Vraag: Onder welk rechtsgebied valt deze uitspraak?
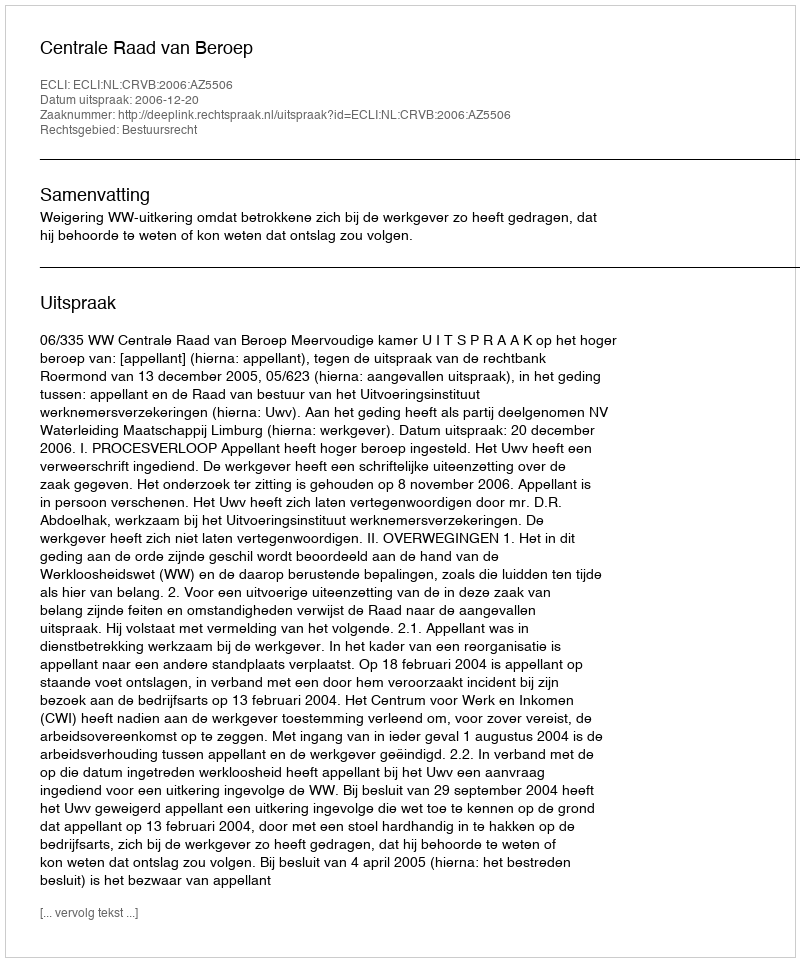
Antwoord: Bestuursrecht